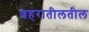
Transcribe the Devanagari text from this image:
शहरातीलतील